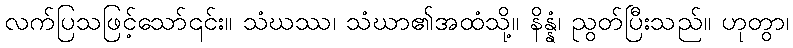
လက်ပြသဖြင့်သော်၎င်း။ သံဃဿ၊ သံဃာ၏အထံသို့။ နိန္နံ၊ ညွတ်ပြီးသည်။ ဟုတွာ၊